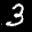
Label: 3